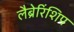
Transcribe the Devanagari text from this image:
लैब्रेरिंशिप